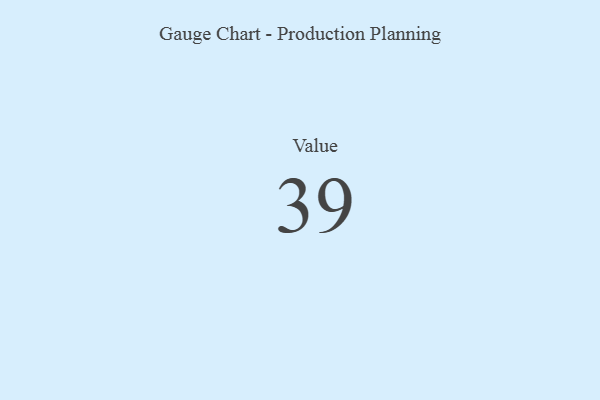
{"axis": {"x": "Metric", "y": "Value"}, "legend": [""], "data": [{"x": "Value", "y": 39, "type": ""}]}